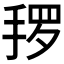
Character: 𱠌